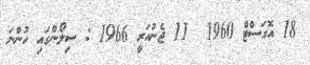
18 އޮގަސްޓް 1960  11 ޖެނުއަރީ 1966 : ސިލޯންގައި ހުންނަ